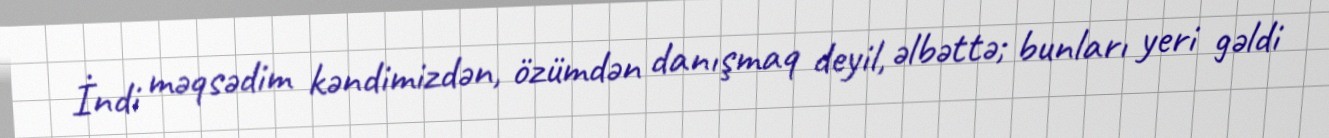
İndi məqsədim kəndimizdən, özümdən danışmaq deyil, əlbəttə; bunları yeri gəldi